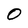
Character: 0